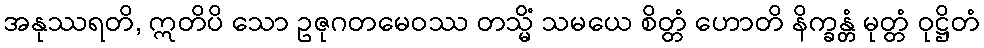
အနုဿရတိ, ဣတိပိ သော ဥဇုဂတမေဝဿ တသ္မိံ သမယေ စိတ္တံ ဟောတိ နိက္ခန္တံ မုတ္တံ ဝုဋ္ဌိတံ